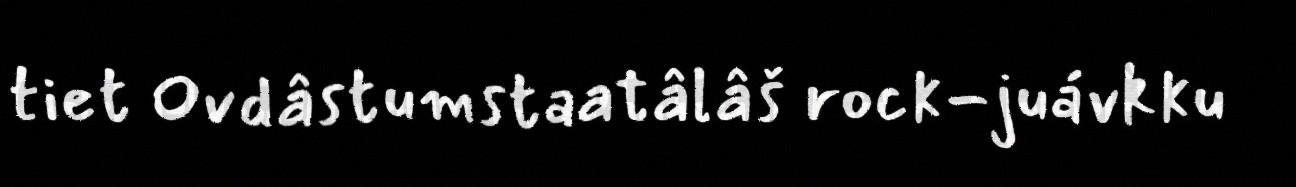
tiet Ovdâstumstaatâlâš rock-juávkku